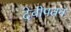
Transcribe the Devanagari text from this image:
देवीपतन